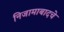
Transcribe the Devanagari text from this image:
निजामाबादचे